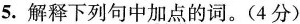
5.解释下列句中加点的词。(4分)